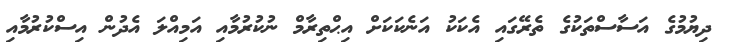
ދިޔުމުގެ އަސާސްތަކުގެ ތެރޭގައި އެކަކު އަނެކަކަށް އިޙްތިރާމް ނުކުރުމާއި އަމިއްލަ އެދުން އިސްކުރުމާއި